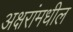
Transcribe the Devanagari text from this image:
अक्षरांमधील